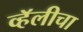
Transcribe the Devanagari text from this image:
व्हॅलीचा